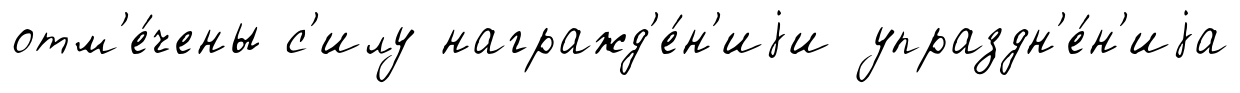
отм'е́чены с'илу награжд'е́н'иjи упраздн'е́н'иjа